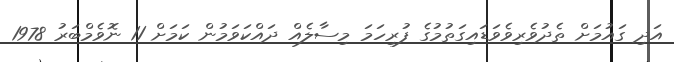
އަދި ގައުމަށް ތެދުވެރިވެވަޑައިގަތުމުގެ ފުރިހަމަ މިސާލެއް ދައްކަވަމުން ކަމަށް 11 ނޮވެމްބަރު 1978